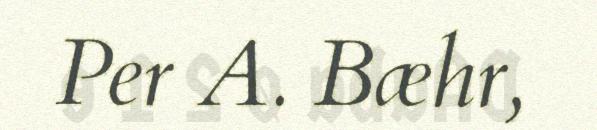
Per A. Bæhr,